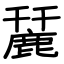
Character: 麉